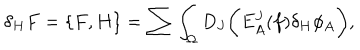
\delta _ { H } F = \{ F , H \} = \sum \int _ { \Omega } D _ { J } \biggl ( E _ { A } ^ { J } ( f ) \delta _ { H } \phi _ { A } \biggr ) ,